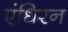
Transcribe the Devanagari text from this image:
एंधिरन